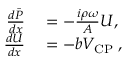
\begin{array} { r l r } { \frac { d \bar { P } } { d x } } & { { } = - \frac { i \rho \omega } { A } U , } & { } \\ { \frac { d U } { d x } } & { { } = - b V _ { \mathrm { C P } } \; , } & { } \end{array}